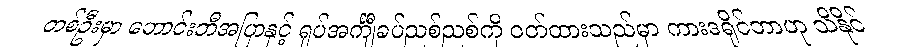
တစ်ဦးမှာ ဘောင်းဘီအပြာနှင့် ရှပ်အင်္ကျီခပ်ညစ်ညစ်ကို ဝတ်ထားသည်မှာ ကားဒရိုင်ဘာဟု သိနိုင်